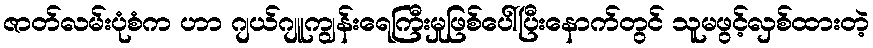
ဇာတ်လမ်းပုံစံက ဟာ ဂျယ်ဂျူကျွန်းရေကြီးမှုဖြစ်ပေါ်ပြီးနောက်တွင် သူမဖွင့်လှစ်ထားတဲ့